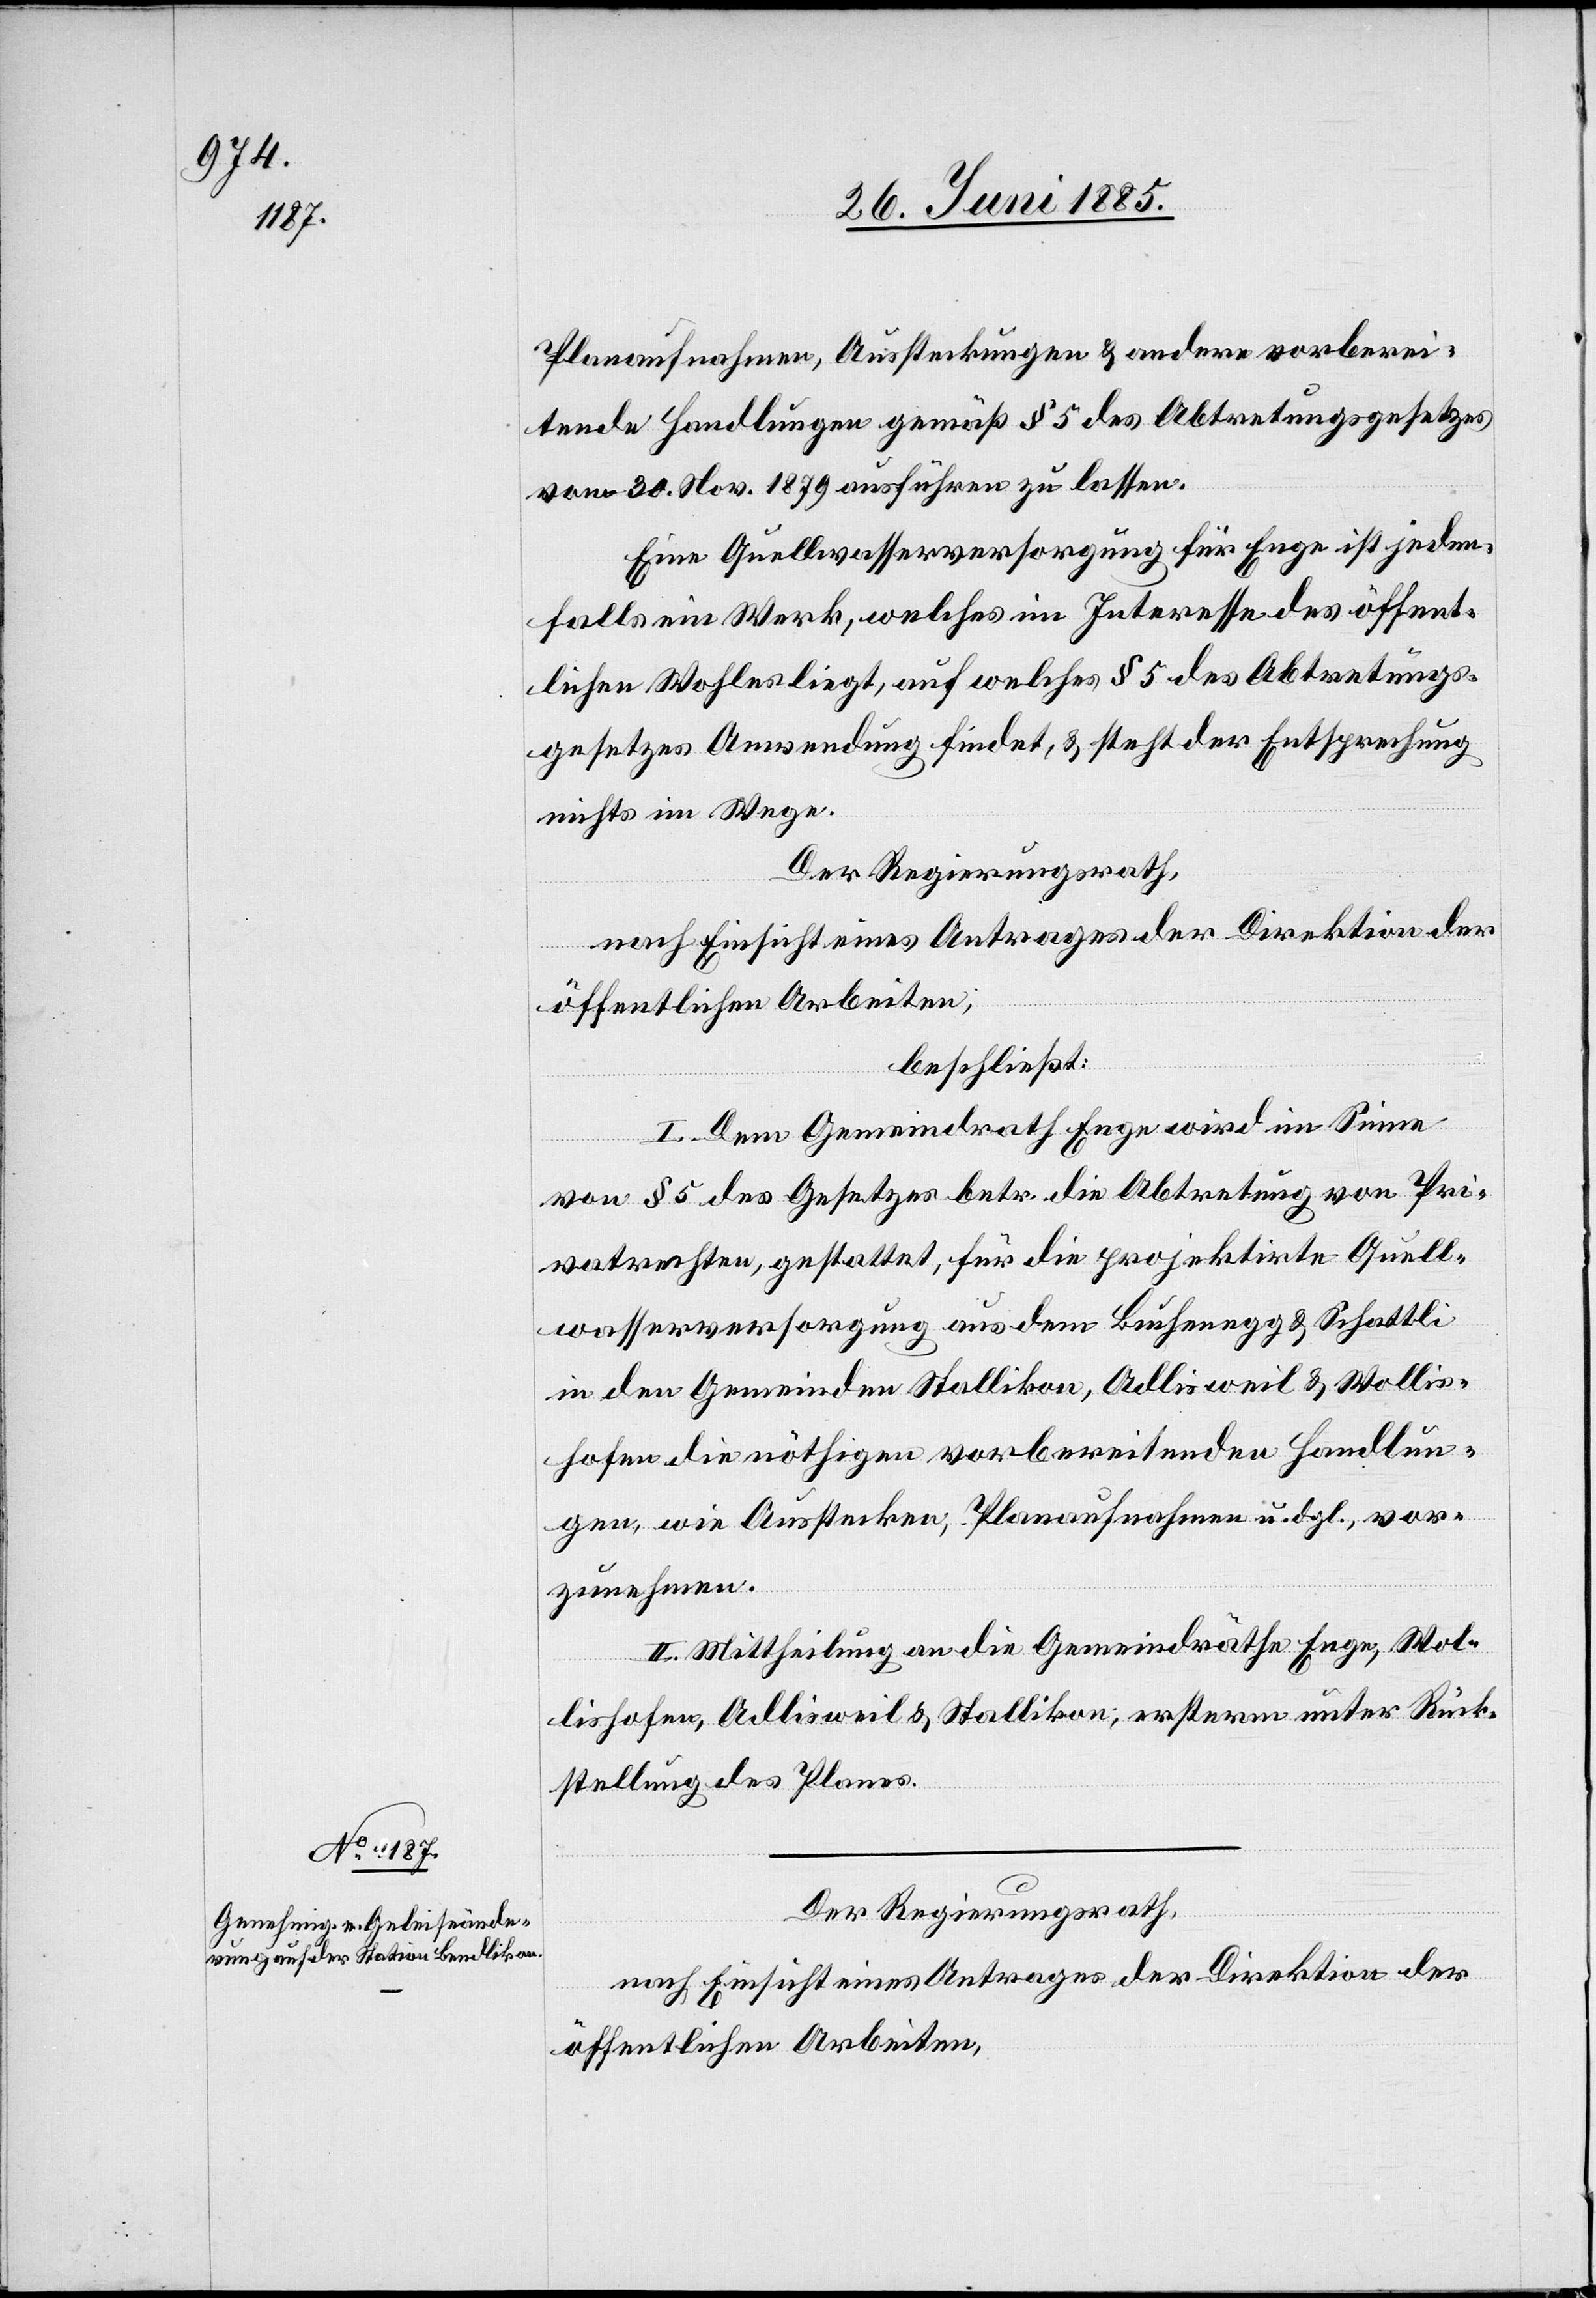
Planaufnahmen, Aussteckungen & andere vorberei¬
tende Handlungen gemäß § 5 des Abtretungsgesetzes
vom 30. Nov. 1879 ausführen zu lassen.
Eine Quellwasserversorgung für Enge ist jeden¬
falls ein Werk, welches im Interesse des öffent¬
lichen Wohles liegt, auf welches § 5 des Abtretungs¬
gesetzes Anwendung findet, & steht der Entsprechung
nichts im Wege.
Der Regierungsrath,
nach Einsicht eines Antrages der Direktion der
öffentlichen Arbeiten,
beschließt:
I. Dem Gemeindrath Enge wird im Sinne
von § 5 des Gesetzes betr. die Abtretung von Pri¬
vatrechten, gestattet, für die projektirte Quell¬
wasserversorgung aus dem Buchenegg & Schattli
in den Gemeinden Stallikon, Adlisweil & Wollis¬
hofen die nöthigen vorbereitenden Handlun¬
gen, wie Ausstecken, Planaufnahmen u. dgl., vor¬
zunehmen.
II. Mittheilung an die Gemeindräthe Enge, Wol¬
lishofen, Adlisweil & Stallikon; ersterm unter Rück¬
stellung des Planes.
Der Regierungsrath,
nach Einsicht eines Antrages der Direktion der
öffentlichen Arbeiten,